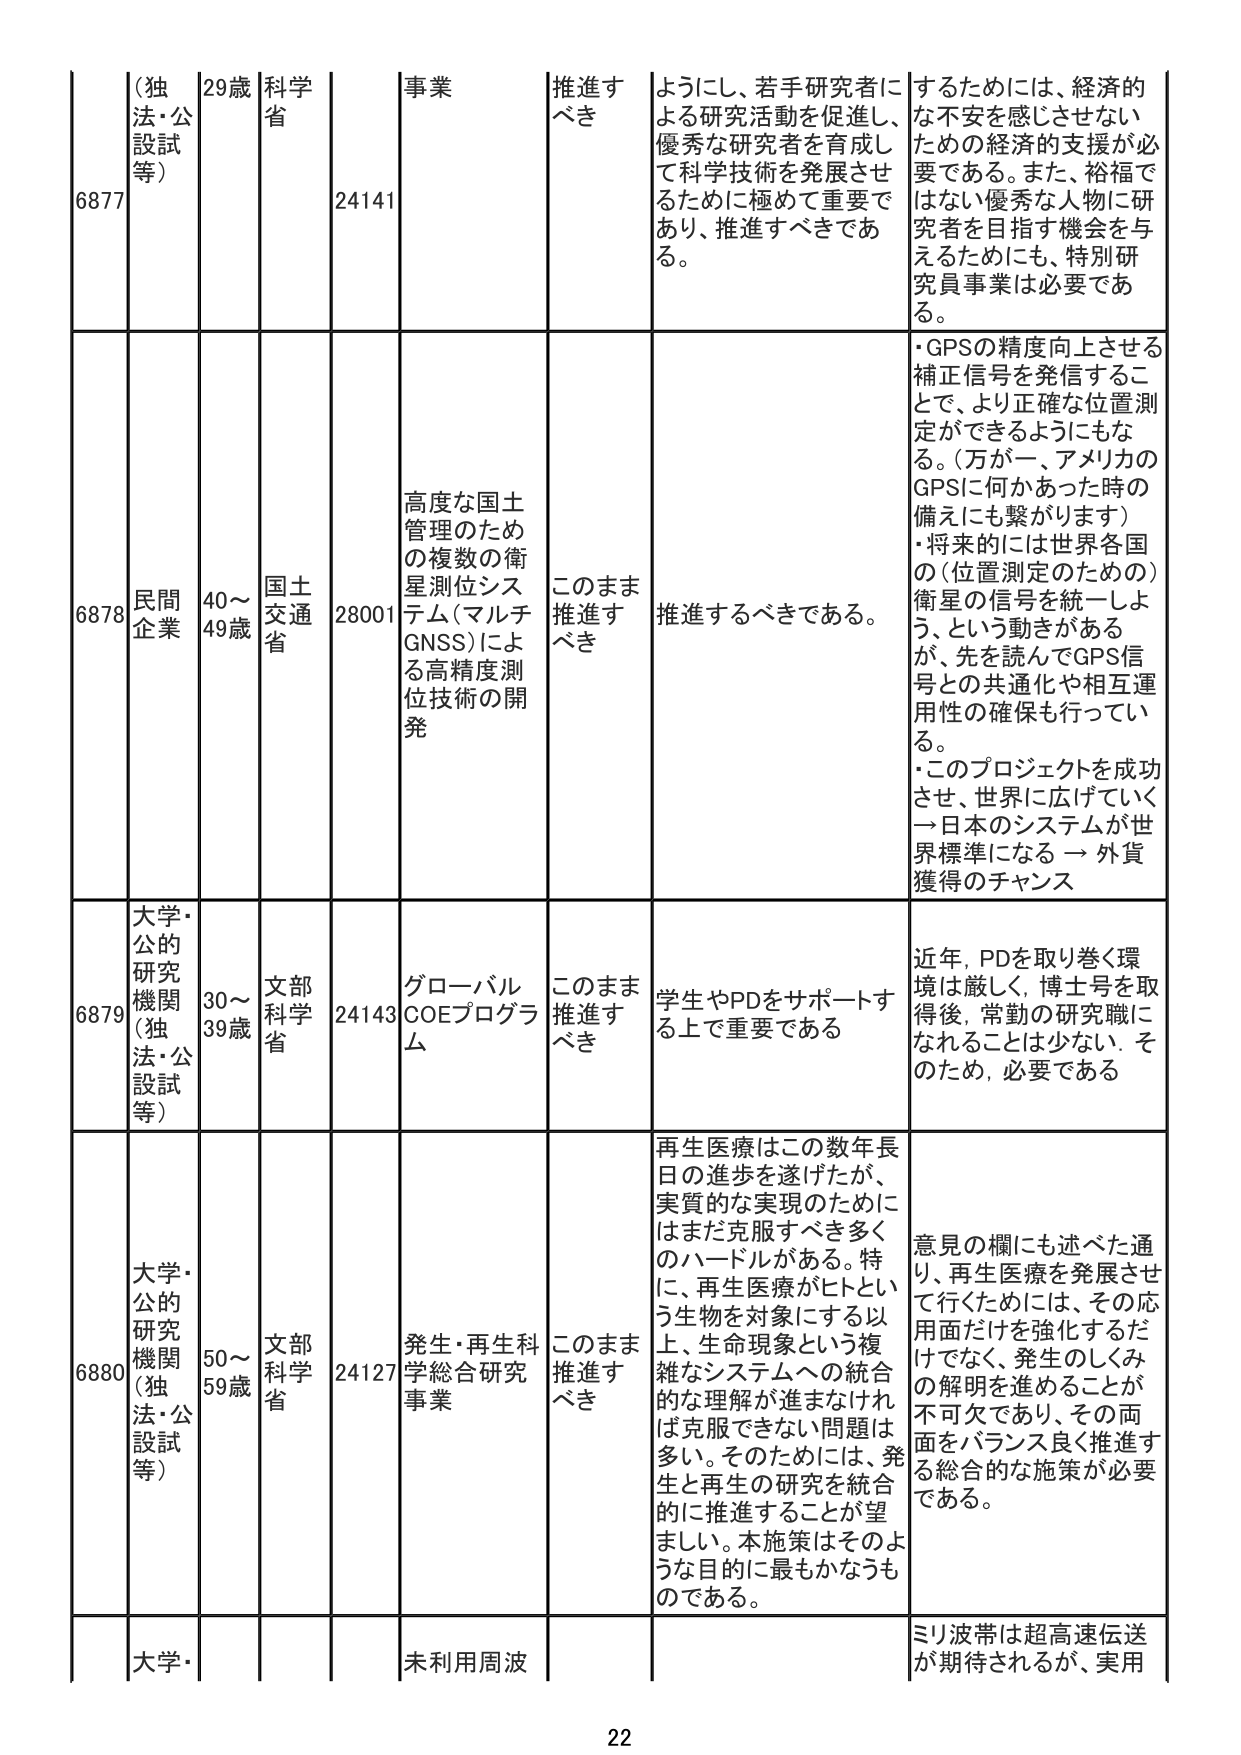
6877 (独法・公設試等) 29歳 科学省 事業 24141 推進すべき ようにし、若手研究者による研究活動を促進し、優秀な研究者を育成して科学技術を発展させるために極めて重要であり、推進すべきである。 するためには、経済的な不安を感じさせないための経済的支援が必要である。また、裕福ではない優秀な人物に研究者を目指す機会を与えるためにも、特別研究員事業は必要である。

6878 民間企業 40～49歳 国土交通省 28001 高度な国土管理のための複数の衛星測位システム（マルチGNSS）による高精度測位技術の開発 このまま推進すべき 推進するべきである。 ・GPSの精度向上させる補正信号を発信することで、より正確な位置測定ができるようにもなる。（万が一、アメリカのGPSに何かあった時の備えにも繋がります） ・将来的には世界各国の（位置測定のための）衛星の信号を統一しよう、という動きがあるが、先を読んでGPS信号との共通化や相互運用性の確保も行っている。 ・このプロジェクトを成功させ、世界に広げていく → 日本のシステムが世界標準になる → 外貨獲得のチャンス

6879 大学・公的研究機関（独法・公設試等） 30～39歳 文部科学省 24143 グローバルCOEプログラム このまま推進すべき 学生やPDをサポートする上で重要である 近年、PDを取り巻く環境は厳しく、博士号取得後、常勤の研究職になれるることは少ない。そのため、必要である

6880 大学・公的研究機関（独法・公設試等） 50～59歳 文部科学省 24127 発生・再生科学総合研究事業 このまま推進すべき 再生医療はこの数年長日の進歩を遂げたが、実質的な実現のためにはまだ克服すべき多くのハードルがある。特に、再生医療がヒトという生物を対象にする以上、生命現象という複雑なシステムへの統合的な理解が進まなければ克服できない問題は多い。そのためには、発生と再生の研究を統合的に推進することが望ましい。本施策はそのような目的に最もかなうものである。 意見の欄にも述べた通り、再生医療を発展させて行くためには、その応用面だけを強化するだけでなく、発生のしくみの解明を進めることが不可欠であり、その両面をバランス良く推進する総合的な施策が必要である。

大学・ 未利用周波 ミリ波帯は超高速伝送が期待されるが、実用

22